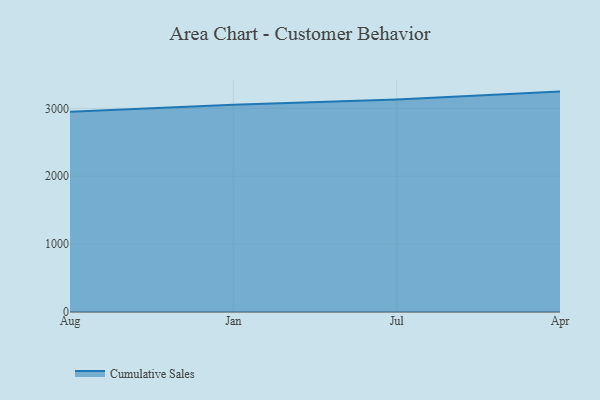
{"axis": {"x": "Month", "y": "Headcount"}, "legend": ["Cumulative Sales"], "data": [{"x": "Aug", "y": 2950.4, "type": "Cumulative Sales"}, {"x": "Jan", "y": 3053.9, "type": "Cumulative Sales"}, {"x": "Jul", "y": 3129.3, "type": "Cumulative Sales"}, {"x": "Apr", "y": 3247.0, "type": "Cumulative Sales"}]}